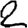
Digit: 2